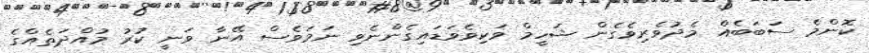
ކޮންމެ ސަބަބެއް މެދުވެރިވެގެން ޝަހީމް ވަކިވެވަޑައިގެންނެވި ނަމަވެސް އޭނާ ވަނީ ކުރު މުއްދަތެއްގެ